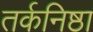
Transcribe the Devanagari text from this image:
तर्कनिष्ठा